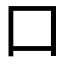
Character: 口